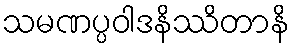
သမဏပ္ပဝါဒနိဿိတာနိ